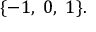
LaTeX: \{ - 1 , \; 0 , \; 1 \} .